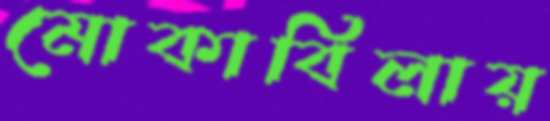
মোকাবিলায়